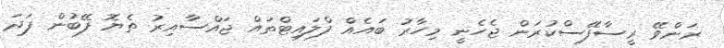
ރަންވޭ ރީސާފޭސްކުރަން ޖެހެނީ މިހާރު ބައެއް ފްލައިޓްތައް ޖައްސާއިރު ތެޔޮ ފޭބުން ފަދަ